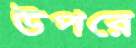
উপরে